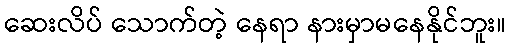
ဆေးလိပ် သောက်တဲ့ နေရာ နားမှာမနေနိုင်ဘူး။